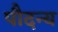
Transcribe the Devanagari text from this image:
पौदन्य